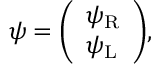
\psi = { \left( \begin{array} { l } { \psi _ { \mathrm { { R } } } } \\ { \psi _ { \mathrm { { L } } } } \end{array} \right) } ,